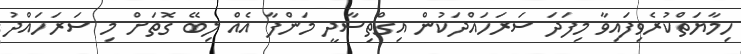
ހިމާޔަތްކުރެވިފައިވާ މިފަދަ ސަރަހައްދަކުން އިގްތިސާދީ މަންފާ އެއް ލިބޭ ގޮތަށް މި ސަރަހައްދު